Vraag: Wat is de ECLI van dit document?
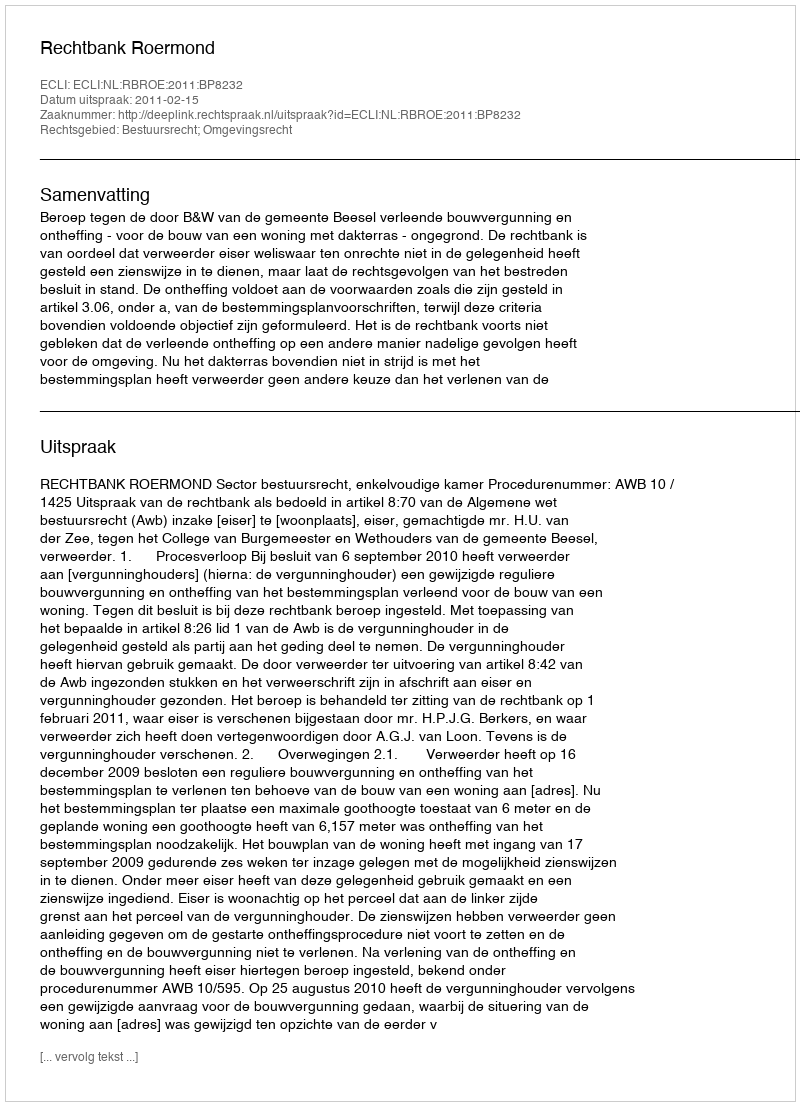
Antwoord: ECLI:NL:RBROE:2011:BP8232